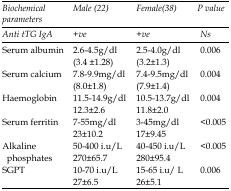
<table><thead><tr><td><b><i>Biochemical parameters</i></b></td><td><b><i>`Male (22)</i></b></td><td><b><i>Female(38)</i></b></td><td><b><i>P value</i></b></td></tr></thead><tbody><tr><td>Anti tTG IgA</td><td>+ve</td><td>+ve</td><td>Ns</td></tr><tr><td>Serum albumin</td><td>2.6-4.5g/dl(3.4 ±1.28)</td><td>2.5-4.0g/dl(3.2±1.3)</td><td>0.006</td></tr><tr><td>Serum calcium</td><td>7.8-9.9mg/dl(8.0±1.8)</td><td>7.4-9.5mg/dl(7.9±1.4)</td><td>0.004</td></tr><tr><td>Haemoglobin</td><td>11.5-14.9g/dl12.3±2.6</td><td>10.5-13.7g/dl11.8±2.0</td><td>0.004</td></tr><tr><td>Serum ferritin</td><td>7-55mg/dl23±10.2</td><td>3-45mg/dl17±9.45</td><td>&lt;0.005</td></tr><tr><td>Alkaline phosphates</td><td>50-400 i.u/L270±65.7</td><td>40-450 i.u/L280±95.4</td><td>&lt;0.005</td></tr><tr><td>SGPT</td><td>10-70 i.u/L27±6.5</td><td>15-65 i.u/ L26±5.1</td><td>0.006</td></tr></tbody></table>